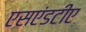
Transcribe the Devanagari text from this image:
एसएंडटीए